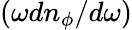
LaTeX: {(\omega dn_{\phi}/d\omega)}